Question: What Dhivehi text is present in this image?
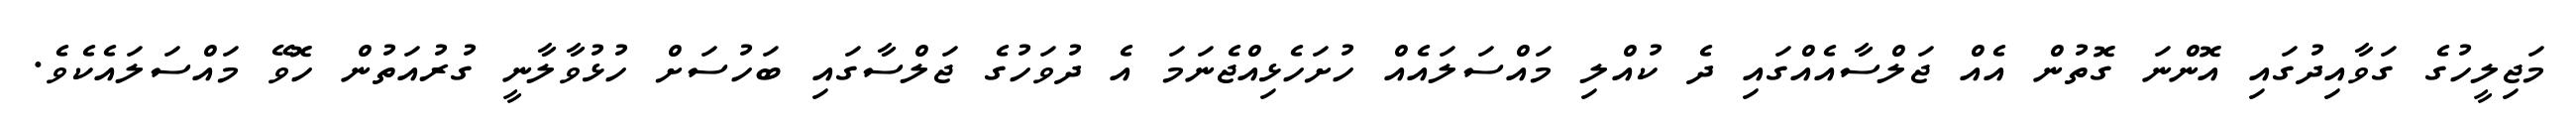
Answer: މަޖިލީހުގެ ގަވާއިދުގައި އޮންނަ ގޮތުން އެއް ޖަލްސާއެއްގައި ދެ ކުއްލި މައްސަލައެއް ހުށަހެޅިއްޖެނަމަ އެ ދުވަހުގެ ޖަލްސާގައި ބަހުސަށް ހުޅުވާލާނީ ގުރުއަތުން ހޮވޭ މައްސަލައެކެވެ.